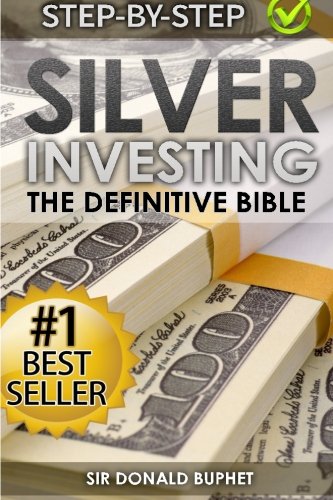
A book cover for Silver Investing: The Definitive Bible (Why in 2015 the time for silver is now and how to get Rich selling silver); Sir Donald Buphet; Business & Money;